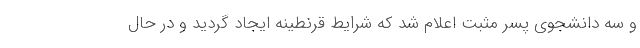
و سه دانشجوی پسر مثبت اعلام شد که شرایط قرنطینه ایجاد گردید و در حال